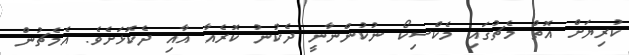
ކުރިޔަށް އޮތް މެޗުގައި މެކްސިކޯ ނުކުންނާނީ ދެކުނު ކޮރެއާ އާއި ދެކޮޅަށެވެ. އެމެޗުން